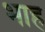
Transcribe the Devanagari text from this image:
भाह